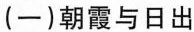
(一)朝霞与日出